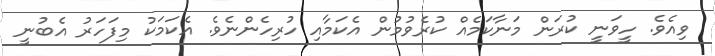
ވިއެވެ. ހީވަނީ ކުރަން މަނާކަމެއް ކުރެވުމުން އެކަމާއި ހުރިހެންނެވެ. އެކަމަކު މިފަހަރު އެބުނީ